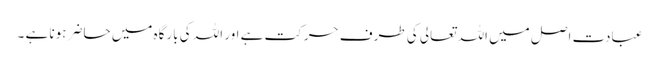
عبادت اصل میں اللہ تعالی کی طرف حرکت ہے اور اللہ کی بارگاہ میں حاضر ہونا ہے ۔